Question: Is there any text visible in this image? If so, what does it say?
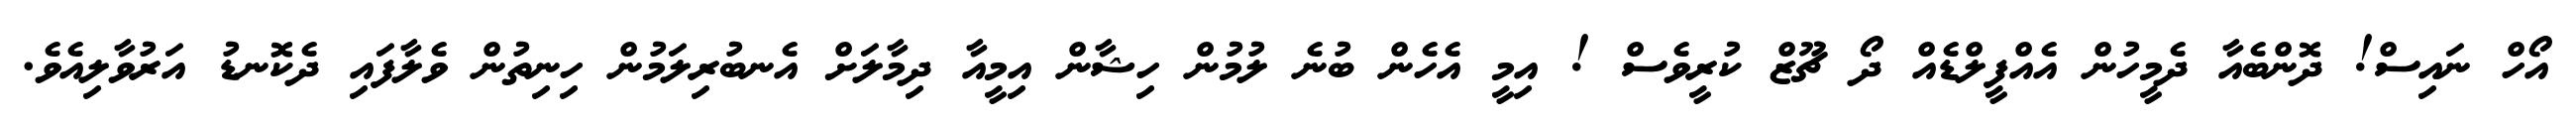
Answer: އޯހް ނައިސް! ދޮންބެއާ ދެމީހުން އެއްފީލްޑެއް ދޯ ޗޫޒް ކުރީވެސް ! އިމީ އެހެން ބުނެ ލުމުން ހިޝާން އިމީއާ ދިމާލަށް އެނބުރިލަމުން ހިނިތުން ވެލާފައި ދެކޮނޑު އަރުވާލިއެވެ.